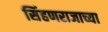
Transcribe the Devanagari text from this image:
सिंहणराजाच्या